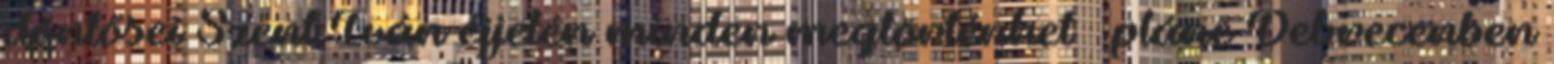
döntősei Szent Iván éjjelén minden megtörténhet – pláne Debrecenben